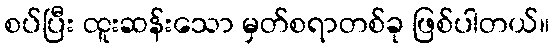
စပ်ပြီး ထူးဆန်းသော မှတ်စရာတစ်ခု ဖြစ်ပါတယ်။